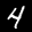
Label: 4